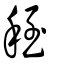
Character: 秷